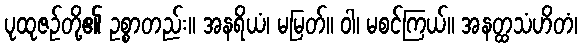
ပုထုဇဉ်တို့၏ ဥစ္စာတည်း။ အနရိယံ၊ မမြတ်။ ဝါ၊ မစင်ကြယ်။ အနတ္ထသံဟိတံ၊